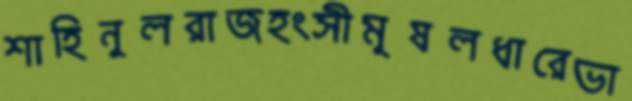
শাহিনুলরাজহংসীমূষলধারেভা